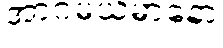
အာဂမယမာနော